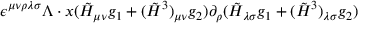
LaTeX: \epsilon ^ { \mu \nu \rho \lambda \sigma } \Lambda \cdot x ( \tilde { H } _ { \mu \nu } g _ { 1 } + ( \tilde { H } ^ { 3 } ) _ { \mu \nu } g _ { 2 } ) \partial _ { \rho } ( \tilde { H } _ { \lambda \sigma } g _ { 1 } + ( \tilde { H } ^ { 3 } ) _ { \lambda \sigma } g _ { 2 } )